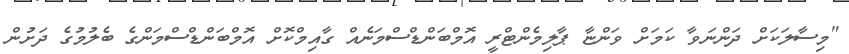
"މިސާލަކަށް ދަންނަވާ ކަމަށް ވަންޏާ ޕާލިމެންޓްރީ އޮމްބަންޑްސްމަނެއް ގާއިމްކޮށް އޮމްބަންޑްސްމަންގެ ބެލުމުގެ ދަށުން